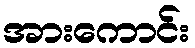
အားကောင်း